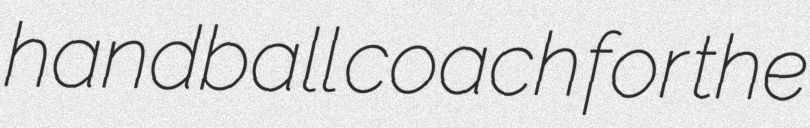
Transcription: handball coach for the